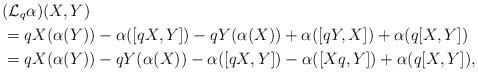
LaTeX: \begin{align*}&(\mathcal{L}_q\alpha)(X,Y) \\&=qX(\alpha(Y))-\alpha([qX,Y])-qY(\alpha(X))+\alpha([qY,X])+\alpha(q[X,Y]) \\&=qX(\alpha(Y))-qY(\alpha(X))-\alpha([qX,Y])-\alpha([Xq,Y])+\alpha(q[X,Y]),\end{align*}